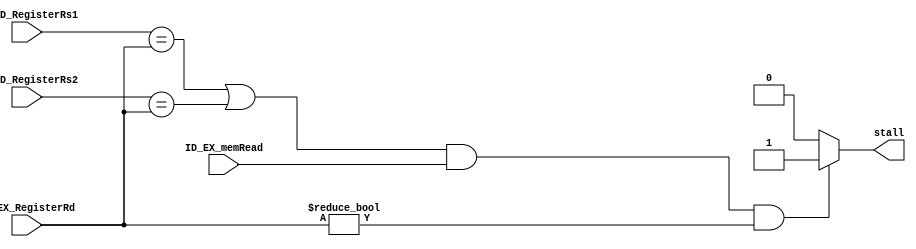
`timescale 1ns / 1ps
//////////////////////////////////////////////////////////////////////////////////
// Company: 
// Engineer: 
// 
// Design Name: 
// Module Name: hazard_detection_unit
// Project Name: 
// Target Devices: 
// Tool Versions: 
// Description: 
// 
// Dependencies: 
// 
// Revision:
// Revision 0.01 - File Created
// Additional Comments:
// 
//////////////////////////////////////////////////////////////////////////////////


module hazard_detection_unit(
                            input [4:0] IF_ID_RegisterRs1, 
                            input [4:0] IF_ID_RegisterRs2,
                            input [4:0]  ID_EX_RegisterRd, 
                            input ID_EX_memRead, 
                            output reg stall
                            );
                            
always @(*) begin 
if     (  ((IF_ID_RegisterRs1==ID_EX_RegisterRd) 
        || (IF_ID_RegisterRs2==ID_EX_RegisterRd)) 
     && ID_EX_memRead 
     && ID_EX_RegisterRd != 0) begin
        stall = 1;
     end
     else begin
        stall = 0;
     end
end
    
endmodule